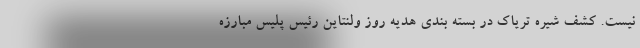
نیست. کشف شیره تریاک در بسته بندی هدیه روز ولنتاین رئیس پلیس مبارزه